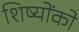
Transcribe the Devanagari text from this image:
शिष्योंको